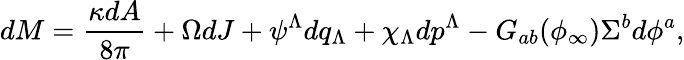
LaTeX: dM={\frac{\kappa dA}{8\pi}}+\Omega dJ+\psi^{\Lambda}dq_{\Lambda}+\chi_{\Lambda}dp^{\Lambda}-G_{ab}(\phi_{\infty})\Sigma^{b}d\phi^{a},